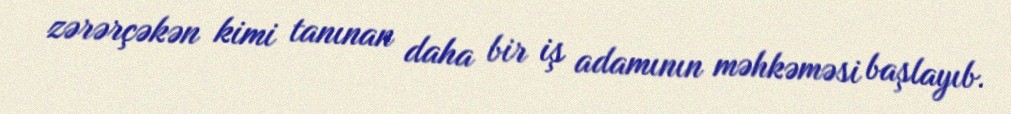
zərərçəkən kimi tanınan daha bir iş adamının məhkəməsi başlayıb.